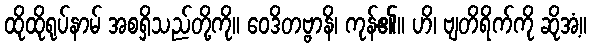
ထိုထိုရုပ်နာမ် အစရှိသည်တို့ကို။ ဝေဒိတဗ္ဗာနိ၊ ကုန်၏။ ဟိ၊ ဗျတိရိက်ကို ဆိုအံ့။